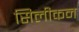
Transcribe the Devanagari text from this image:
सिलीकन